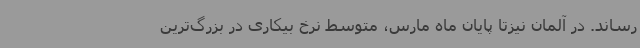
رساند. در آلمان نیزتا پایان ماه مارس، متوسط نرخ بیکاری در بزرگ‌ترین